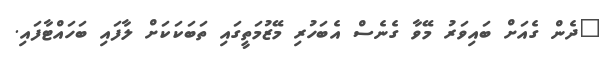
"ދެން ގެއަށް ބައިވަރު މޭވާ ގެނެސް އެބަހުރި މޭޒުމަތީގައި ތަބަކަކަށް ލާފައި ބަހައްޓާފައި.